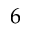
6